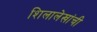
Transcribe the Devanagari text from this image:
शिलालेखांची